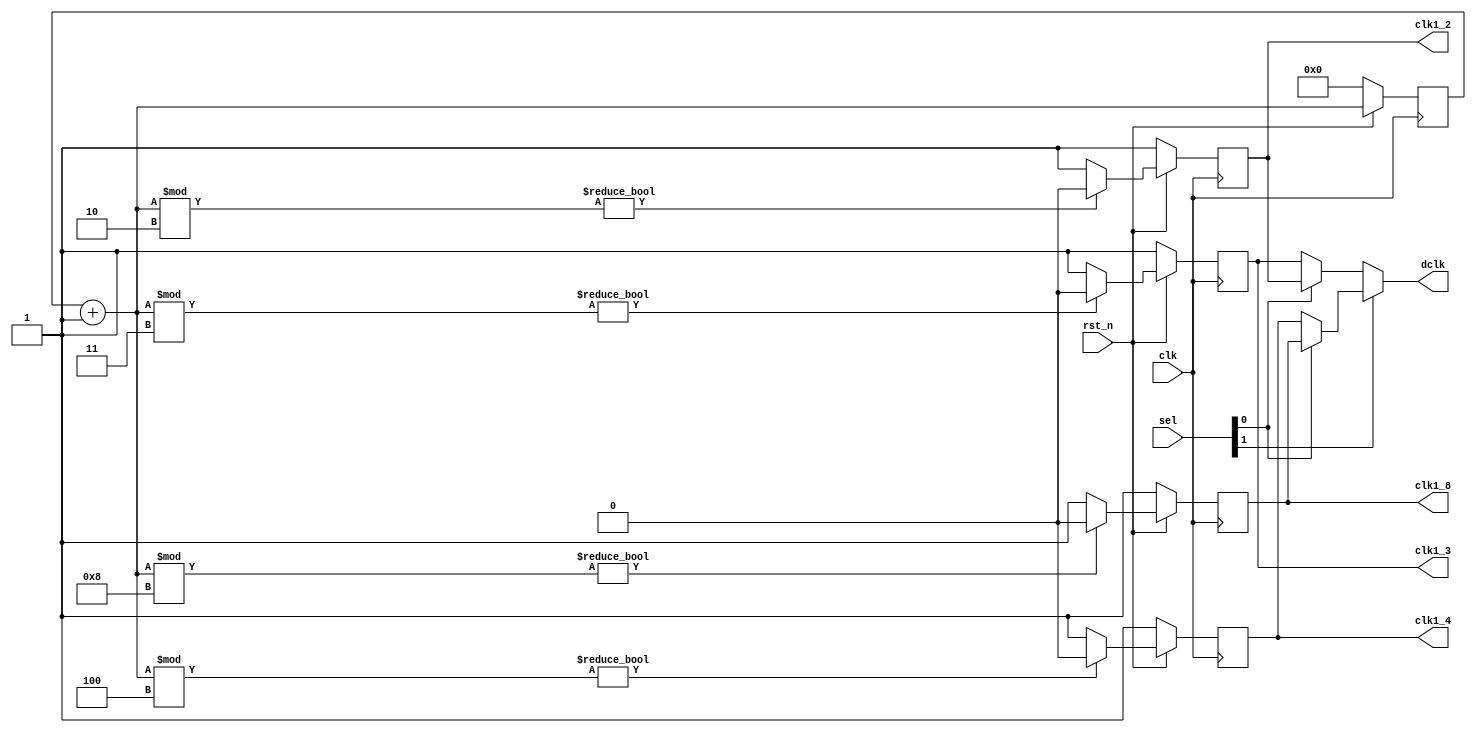
`timescale 1ns/1ps

module Clock_Divider (clk, rst_n, sel, clk1_2, clk1_4, clk1_8, clk1_3, dclk);
    input clk, rst_n;
    input [2-1:0] sel;
    output clk1_2;
    output clk1_4;
    output clk1_8;
    output clk1_3;
    output dclk;
    
    reg[4:0] counter = 4'd0;
    reg clk2 = 1'b0, clk4= 1'b0, clk8= 1'b0, clk3= 1'b0;
    
    assign clk1_2 = clk2;    
    assign clk1_3 = clk3;
    assign clk1_4 = clk4;
    assign clk1_8 = clk8;
    assign dclk = sel[1] ? (sel[0] ? clk1_8: clk1_4) : (sel[0]? clk1_2 : clk1_3);
    
    always @(posedge clk) begin
        if (rst_n==1'b0) begin //set condition when rst_n is 0 then we need to rest all to 0
            clk2 <= 1'b1;
            clk4 <= 1'b1;
            clk8 <= 1'b1;
            clk3 <= 1'b1;
            counter <= 4'b0;
            end
      
        else begin 
            counter = counter + 4'b1;
            clk2 <= (counter%2) ? 1'b0 : 1'b1;
            clk3 <= (counter%3) ? 1'b0 : 1'b1;
            clk4 <= (counter%4) ? 1'b0 : 1'b1;
            clk8 <= (counter%8) ? 1'b0 : 1'b1; 
            end
    end
    
//    always @(*) begin
//        case(sel)
//            2'b00 : dclk = clk3;
//            2'b01 : dclk = clk1_2;
//            2'b10 : dclk = clk1_4;
//            2'b11 : dclk = clk1_8;
//            default : dclk = 4'd0;
//        endcase
//    end
endmodule